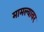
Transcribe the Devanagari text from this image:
मामल्यावर